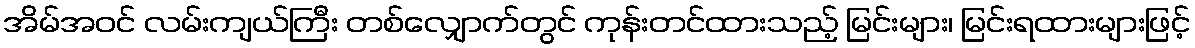
အိမ်အဝင် လမ်းကျယ်ကြီး တစ်လျှောက်တွင် ကုန်းတင်ထားသည့် မြင်းများ၊ မြင်းရထားများဖြင့်